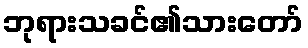
ဘုရားသခင်၏သားတော်